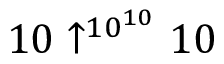
1 0 \uparrow ^ { 1 0 ^ { 1 0 } } 1 0